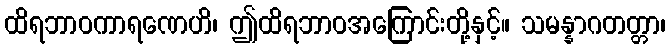
ထိရဘာဝကာရဏေဟိ၊ ဤထိရဘာဝအကြောင်းတို့နှင့်။ သမန္နာဂတတ္တာ၊